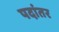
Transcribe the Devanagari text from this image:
पदांतर